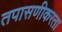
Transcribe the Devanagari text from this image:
तपासणीकरता